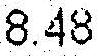
8.48